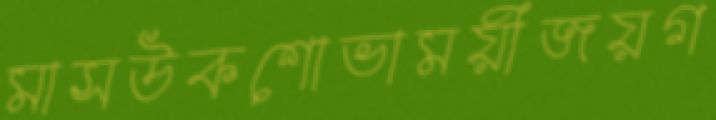
মাসউকশোভাময়ীজয়গ